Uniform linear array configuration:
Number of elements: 32
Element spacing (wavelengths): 0.5
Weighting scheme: blackman
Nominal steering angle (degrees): -60
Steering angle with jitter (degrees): -59.975
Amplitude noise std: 0.05
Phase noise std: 0.05

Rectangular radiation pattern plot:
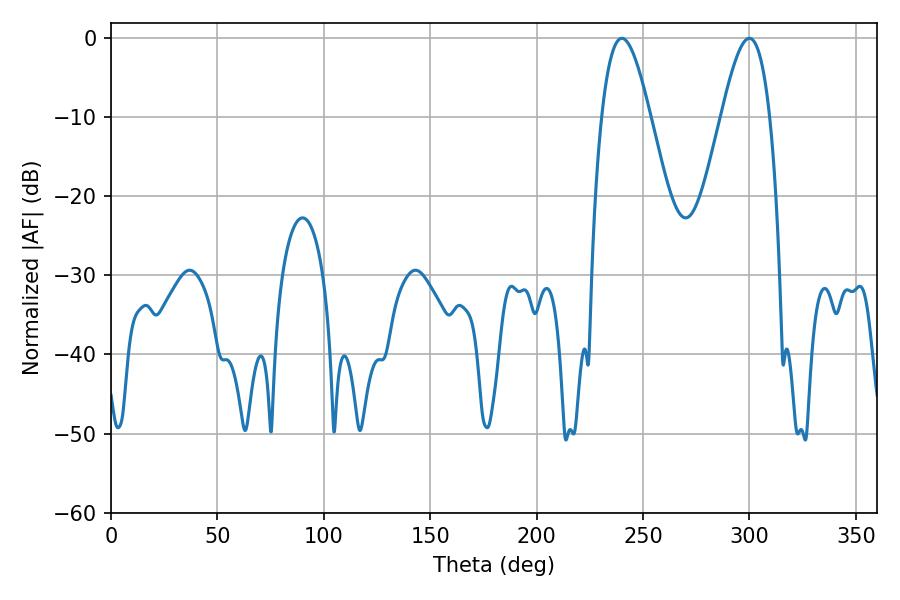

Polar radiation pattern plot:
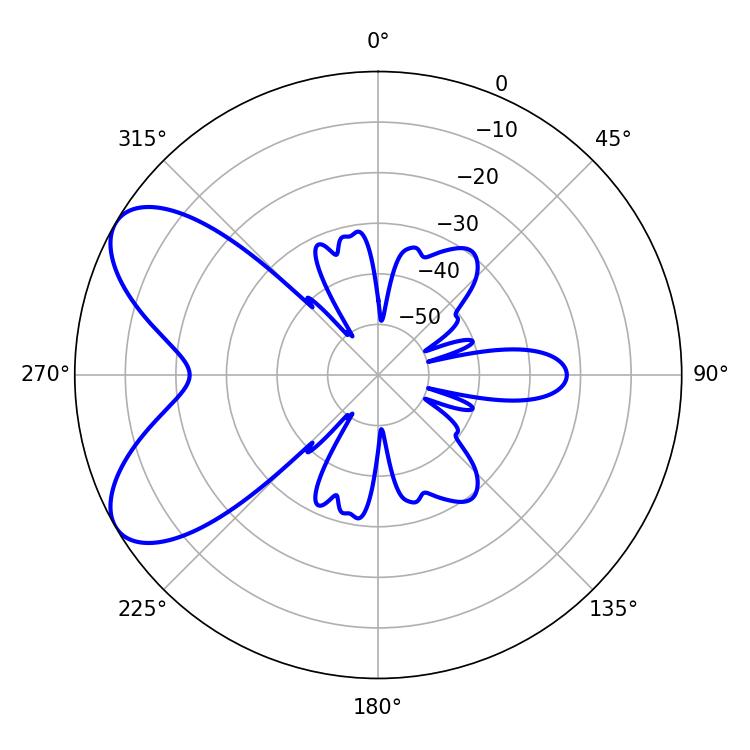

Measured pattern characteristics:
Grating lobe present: FALSE
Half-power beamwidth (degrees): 12.24
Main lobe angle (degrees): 299.88